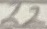
Text: 22